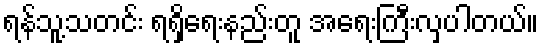
ရန်သူ့သတင်း ရရှိရေးနည်းတူ အရေးကြီးလှပါတယ်။